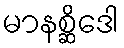
မာနစ္ဆိဒေါ